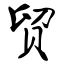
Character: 贸